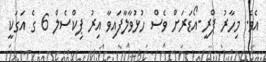
އެވެ. މިހާރު ޕްރީ-އޯޑަރަށް ވެސް ހުޅުވާލާފައިވާ އިރު ޕިކްސެލް 6 ގެ އަގަކީ